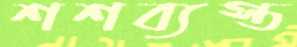
শশব্যস্ত